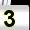
Digit: 3